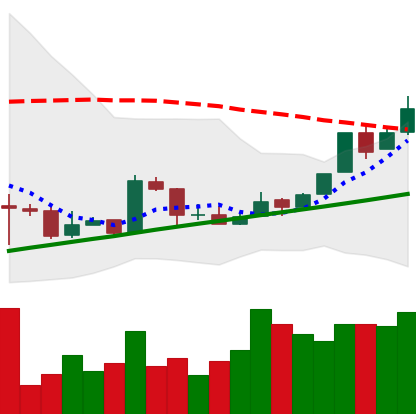
Ticker: BTC-USD
Chart end date: 2016-02-17
Forward return: 5.147%
Label: up_5_7